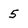
Character: 5